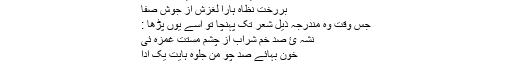
اے خیال قامتت آہ ضعیفاں را عصا
بررخت نظاہ ہارا لغزش از جوش صفا
جس وقت وہ مندرجہ ذیل شعر تک پہنچا تو اسے یوں پڑھا :
نشہ ئِ صد خم شراب از چشم مستت غمزہ ئی
خون بہائے صد چو من جلوہ ہایت یک ادا
اس نے اس شعر کی تشریح کر دی ۔